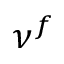
\nu ^ { f }